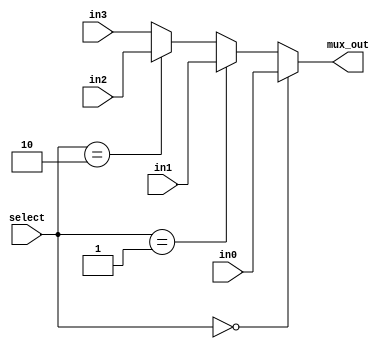
// This program was cloned from: https://github.com/FPGADude/Digital-Design
// License: GNU General Public License v3.0

`timescale 1ns / 1ps

// For 7-segment display clock
// Authored by David J Marion

module seg_mux(
    input [6:0] in0,
    input [6:0] in1,
    input [6:0] in2,
    input [6:0] in3,
    input [1:0] select,
    output [6:0] mux_out
    );
    
    assign mux_out =    (select == 2'b00) ? in0 :
                        (select == 2'b01) ? in1 :
                        (select == 2'b10) ? in2 : in3;
endmodule